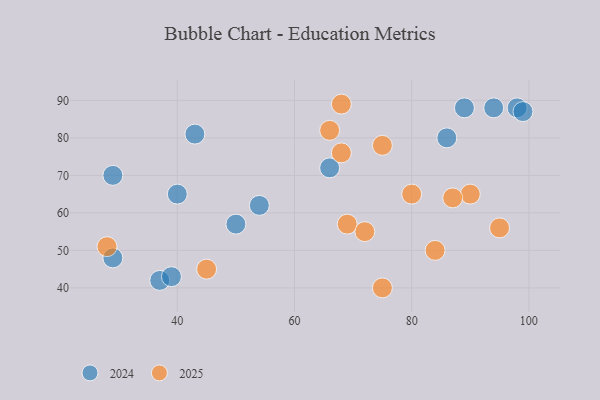
{"axis": {"x": "GDP", "y": "Life Expectancy"}, "legend": ["2024", "2025"], "data": [{"x": "37", "y": 42, "type": "2024"}, {"x": "89", "y": 88, "type": "2024"}, {"x": "54", "y": 62, "type": "2024"}, {"x": "43", "y": 81, "type": "2024"}, {"x": "66", "y": 72, "type": "2024"}, {"x": "29", "y": 48, "type": "2024"}, {"x": "98", "y": 88, "type": "2024"}, {"x": "40", "y": 65, "type": "2024"}, {"x": "39", "y": 43, "type": "2024"}, {"x": "86", "y": 80, "type": "2024"}, {"x": "94", "y": 88, "type": "2024"}, {"x": "29", "y": 70, "type": "2024"}, {"x": "50", "y": 57, "type": "2024"}, {"x": "99", "y": 87, "type": "2024"}, {"x": "68", "y": 89, "type": "2025"}, {"x": "90", "y": 65, "type": "2025"}, {"x": "69", "y": 57, "type": "2025"}, {"x": "28", "y": 51, "type": "2025"}, {"x": "75", "y": 78, "type": "2025"}, {"x": "45", "y": 45, "type": "2025"}, {"x": "80", "y": 65, "type": "2025"}, {"x": "72", "y": 55, "type": "2025"}, {"x": "84", "y": 50, "type": "2025"}, {"x": "95", "y": 56, "type": "2025"}, {"x": "66", "y": 82, "type": "2025"}, {"x": "75", "y": 40, "type": "2025"}, {"x": "68", "y": 76, "type": "2025"}, {"x": "87", "y": 64, "type": "2025"}]}